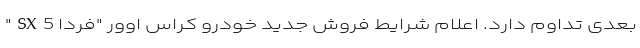
بعدی تداوم دارد. اعلام شرایط فروش جدید خودرو کراس اوور "فردا SX5"